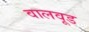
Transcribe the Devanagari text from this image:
वालवूड